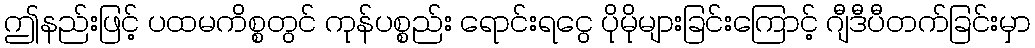
ဤနည်းဖြင့် ပထမကိစ္စတွင် ကုန်ပစ္စည်း ရောင်းရငွေ ပိုမိုများခြင်းကြောင့် ဂျီဒီပီတက်ခြင်းမှာ